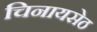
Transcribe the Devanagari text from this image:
चिनायसेठ